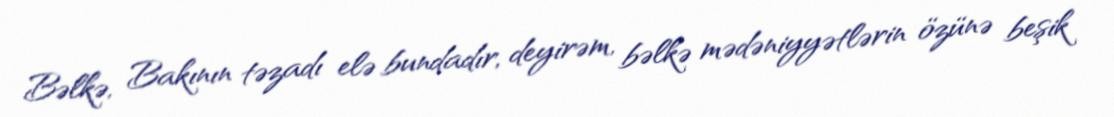
Bəlkə, Bakının təzadı elə bundadır, deyirəm, bəlkə mədəniyyətlərin özünə beşik